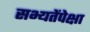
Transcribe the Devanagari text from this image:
सभ्यतेंपेक्षा